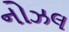
નોઝલ